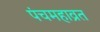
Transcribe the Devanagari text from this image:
पंचमहाव्रत